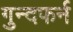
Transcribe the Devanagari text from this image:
गुन्दफर्न